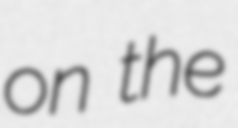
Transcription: on the